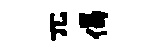
兀偈